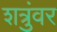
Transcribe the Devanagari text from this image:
शत्रुंवर